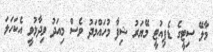
މާލޭ ސިޓީގެ ޑެޕިއުޓީ މޭޔަރު ޝިފާ މުހައްމަދު ވެސް މިއަދު ވިދާޅުވީ އެކަހަލަ